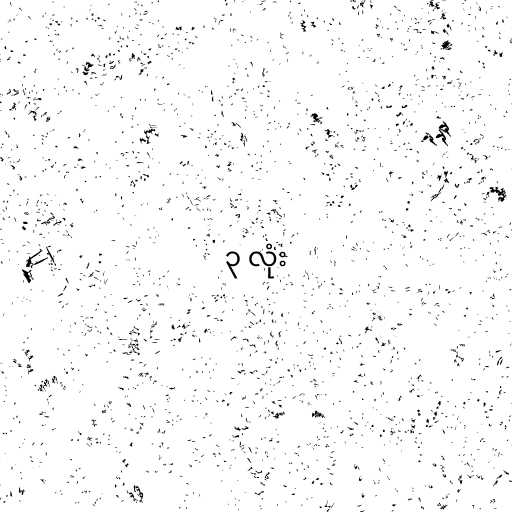
၃ လုံး